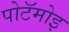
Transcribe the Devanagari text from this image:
पोटॅमोइ